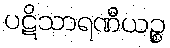
ပဋိသာရဏီယဉ္စ